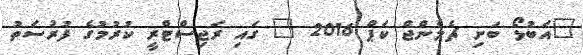
"އަބުޅޯ ބަށި ޗެލެންޖް ކަޕް 2016 " ގައި ރަޖިސްޓްރީ ކުރުމުގެ ފުުރުސަތު